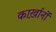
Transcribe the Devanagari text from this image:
कार्ख़ानों